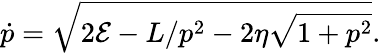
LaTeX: \dot{p}=\sqrt{2\mathcal{E}-L/p^{2}-2\eta\sqrt{1+p^{2}}}.